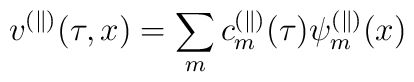
v^{(\parallel)}(\tau,x)=\sum_m c_m^{(\parallel)}(\tau)\psi_m^{(\parallel)}(x)